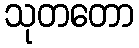
သုတတော